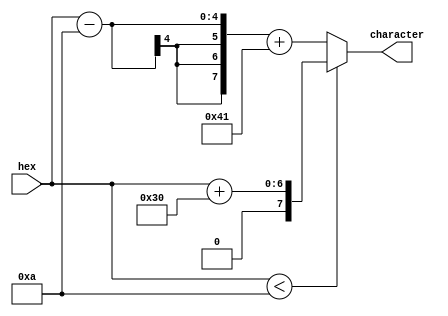
`timescale 1ns / 1ps

module HexCharacterConverter (
		input [3:0] hex,
		output [7:0] character
	);

	assign character = hex < 4'd10 ? hex + "0" : hex - 4'd10 + "A";
endmodule